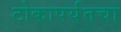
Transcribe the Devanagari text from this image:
टोकापर्यंतचा